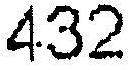
432